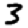
Digit: 3